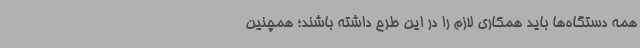
همه دستگاه‌ها باید همکاری لازم را در این طرح داشته باشند؛ همچنین